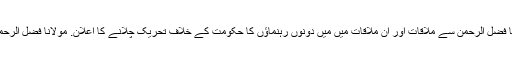
سب سے پہلے ہم بات کریں گے آصف زرداری کی مولانا فضل الرحمن سے ملاقات اور ان ملاقات میں میں دونوں رہنماؤں کا حکومت کے خلاف تحریک چلانے کا اعلان. مولانا فضل الرحمن کی کچھ دن پہلے نون لیگی راہنماؤں سے ملاقات ہوئی۔